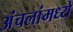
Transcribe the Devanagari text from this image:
अंचलांमध्ये